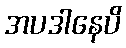
အပဒါနေပိ